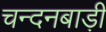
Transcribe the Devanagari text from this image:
चन्दनबाड़ी